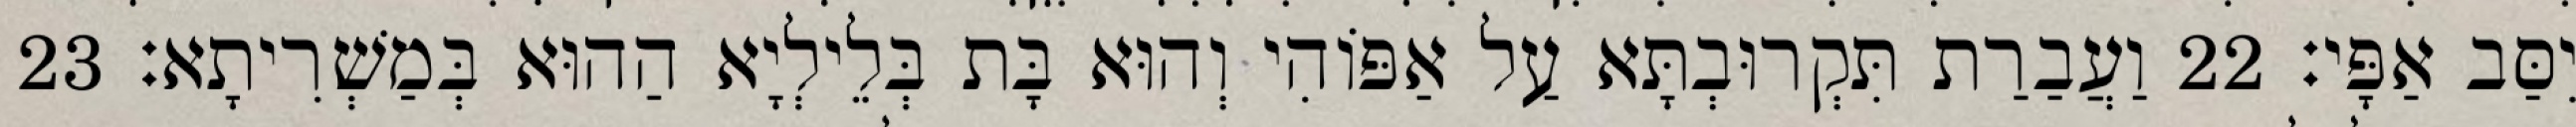
יִסַּב אַפָּי׃ 22 וַעֲבַרַת תִּקְרוּבְתָּא עַל אַפּוֹהִי וְהוּא בָּת בְּלֵילְיָא הַהוּא בְּמַשְׁרִיתָא׃ 23